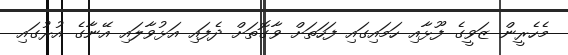
މެހެރީން ޒަވީގެ ފޫޅާއި ހަމައިގައި ފަހަތަށް ވާގޮތަށް ދެފައި އަޅުވާލައި އޭނާގެ އުރުގައި